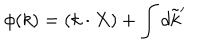
\phi ( k ) = ( k \cdot X ) + \int d \tilde { k } ^ { \prime }